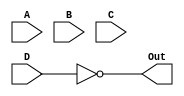
module div2 (A, B, C, D, Out);
	input A, B, C, D;
	output Out;
	
	not inv1(Out,D);
endmodule